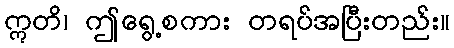
ဣတိ၊ ဤရွေ့စကား တရပ်အပြီးတည်း။